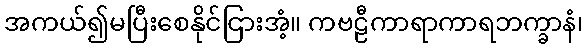
အကယ်၍မပြီးစေနိုင်ငြားအံ့။ ကဗဠီကာရာကာရဘက္ခာနံ၊